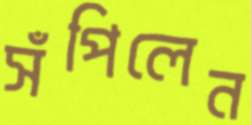
সঁপিলেন